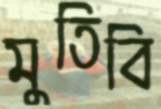
মুতিবি